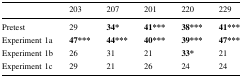
<table><thead><tr><td></td><td><b>203</b></td><td><b>207</b></td><td><b>201</b></td><td><b>220</b></td><td><b>229</b></td></tr></thead><tbody><tr><td>Pretest</td><td>29</td><td><b>34*</b></td><td><b>41***</b></td><td><b>38***</b></td><td><b>41***</b></td></tr><tr><td>Experiment 1a</td><td><b>47***</b></td><td><b>44***</b></td><td><b>40***</b></td><td><b>39***</b></td><td><b>47***</b></td></tr><tr><td>Experiment 1b</td><td>26</td><td>31</td><td>21</td><td><b>33*</b></td><td>21</td></tr><tr><td>Experiment 1c</td><td>29</td><td>21</td><td>26</td><td>24</td><td>24</td></tr></tbody></table>